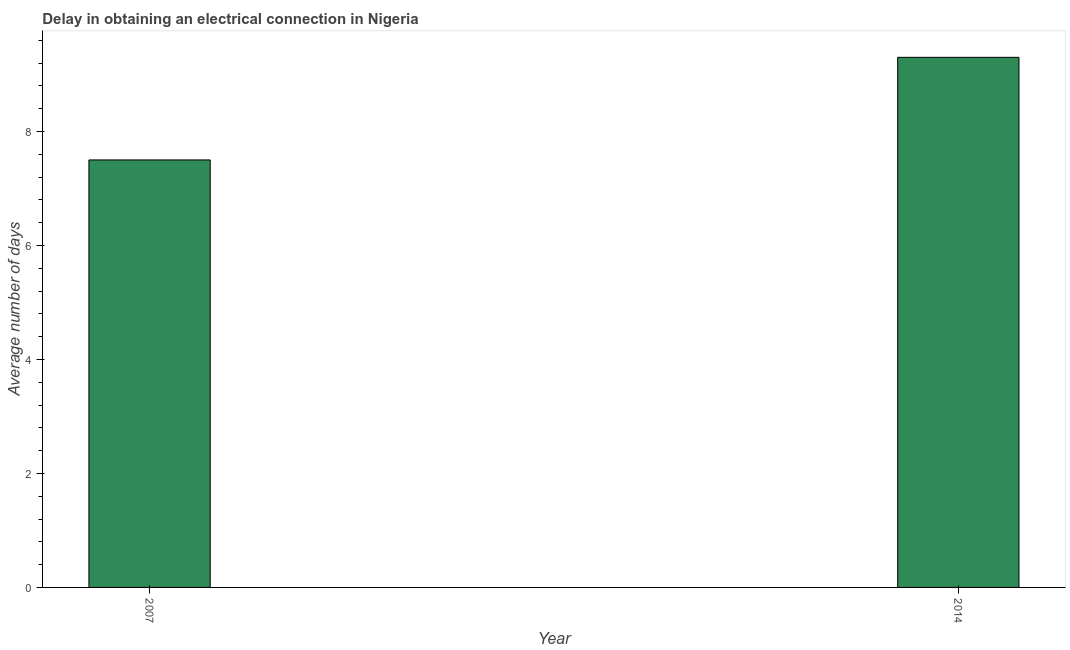
| Year | Dalay in Electrical connection |
 | --- | --- |
 | 2007 | 7.5 |
 | 2014 | 9.3 |